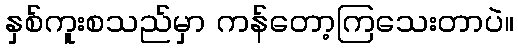
နှစ်ကူးစသည်မှာ ကန်တော့ကြသေးတာပဲ။